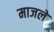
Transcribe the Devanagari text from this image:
माजलें